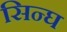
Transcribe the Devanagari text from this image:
सिन्घ